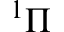
^ 1 \Pi